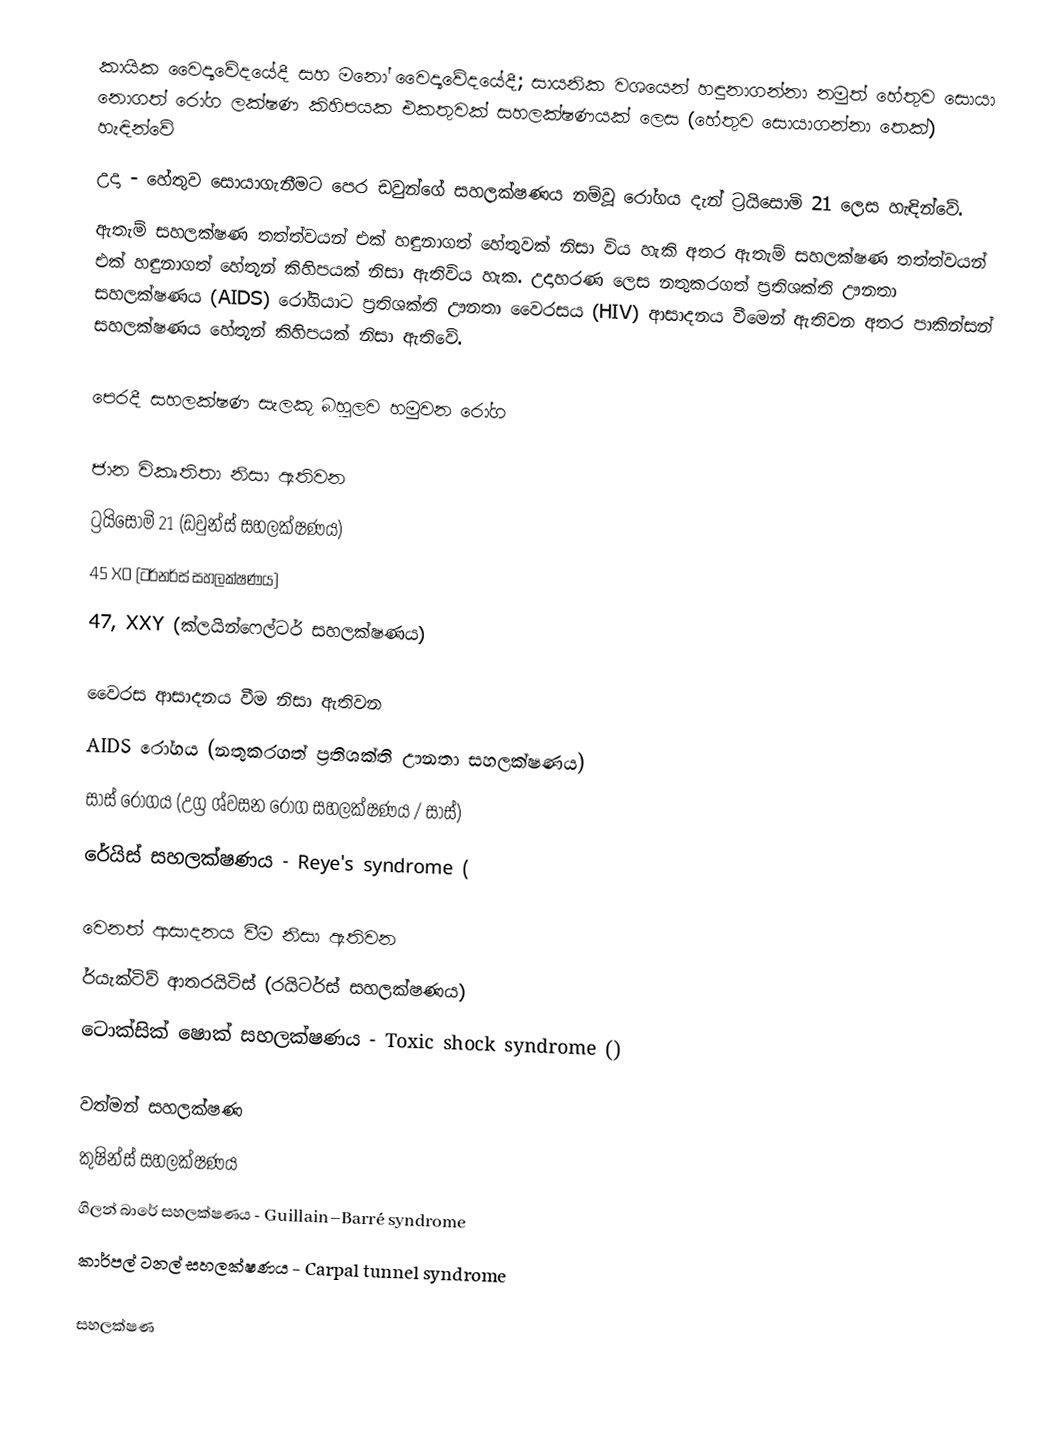
කායික වෛද්‍යවේදයේදී සහ  මනෝ වෛද්‍යවේදයේදී;  සායනික වශයෙන් හඳුනාගන්නා  නමුත් හේතුව සොයා නොගත් රෝග ලක්ෂණ කිහිපයක එකතුවක් සහලක්ෂණයක් ලෙස  (හේතුව සොයාගන්නා තෙක්) හැඳින්වේ
උදා - හේතුව සොයාගැනීමට පෙර ඩවුන්ගේ සහලක්ෂණය නම්වූ රෝගය දැන් ට්‍රයිසොමි 21 ලෙස හැඳින්වේ.
ඇතැම් සහලක්ෂණ තත්ත්වයන් එක් හඳුනාගත් හේතුවක් නිසා විය හැකි අතර ඇතැම් සහලක්ෂණ තත්ත්වයන් එක් හඳුනාගත් හේතූන් කිහිපයක් නිසා ඇතිවිය හැක. උදාහරණ ලෙස නතුකරගත් ප්‍රතිශක්ති ඌනතා  සහලක්ෂණය  (AIDS) රෝගියාට ප්‍රතිශක්ති ඌනතා වෛරසය (HIV) ආසාදනය වීමෙන් ඇතිවන අතර පාකින්සන් සහලක්ෂණය හේතූන් කිහිපයක් නිසා ඇතිවේ.

පෙරදී සහලක්ෂණ සැලකූ බහුලව හමුවන රෝග

ජාන විකෘතිතා නිසා ඇතිවන
 ට්‍රයිසොමි 21 (ඩවුන්ස් සහලක්ෂණය)
 45 XO (ටර්නර්ස් සහලක්ෂණය)
 47, XXY (ක්ලයින්ෆෙල්ටර්  සහලක්ෂණය)

වෛරස ආසාදනය වීම නිසා ඇතිවන
AIDS රෝගය (නතුකරගත් ප්‍රතිශක්ති ඌනතා සහලක්ෂණය)
 සාස් රෝගය (උග්‍ර ශ්වසන රෝග සහලක්ෂණය / සාස්)
රේයිස් සහලක්ෂණය - Reye's syndrome (

වෙනත්  ආසාදනය වීම නිසා ඇතිවන
 ර්යැක්ටිව් ආතරයිටිස් (රයිටර්ස්  සහලක්ෂණය)
 ටොක්සික් ෂොක්  සහලක්ෂණය - Toxic shock syndrome  ()

වත්මන් සහලක්ෂණ
 කුෂින්ස්  සහලක්ෂණය
 ගිලන් බාරේ සහලක්ෂණය - Guillain–Barré syndrome
 කාර්පල් ටනල් සහලක්ෂණය - Carpal tunnel syndrome

සහලක්ෂණ